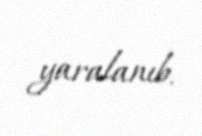
yaralanıb.